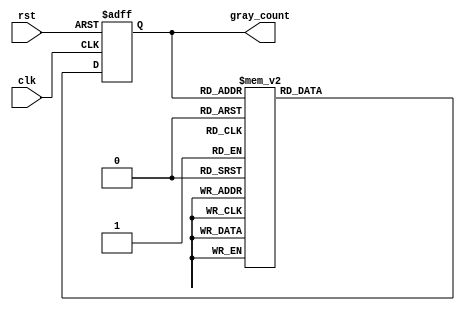
module gray_counter_clock_divider(
  input wire clk,
  input wire rst,
  output reg [3:0] gray_count
);

reg [3:0] gray_count_next;

always @(posedge clk or posedge rst) begin
  if(rst) begin
    gray_count <= 0;
  end else begin
    gray_count <= gray_count_next;
  end
end

always @(*) begin
  case(gray_count)
    4'b0000: gray_count_next = 4'b0001;
    4'b0001: gray_count_next = 4'b0011;
    4'b0011: gray_count_next = 4'b0010;
    4'b0010: gray_count_next = 4'b0110;
    4'b0110: gray_count_next = 4'b0100;
    4'b0100: gray_count_next = 4'b1100;
    4'b1100: gray_count_next = 4'b1000;
    4'b1000: gray_count_next = 4'b1010;
    4'b1010: gray_count_next = 4'b1011;
    4'b1011: gray_count_next = 4'b1001;
    4'b1001: gray_count_next = 4'b0001;
    default: gray_count_next = 4'b0000;
  endcase
end

endmodule